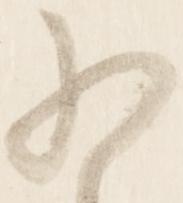
為